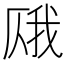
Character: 𫨎